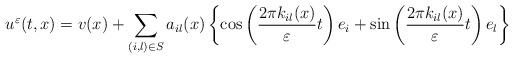
\begin{align*}u^\varepsilon(t,x) = v(x) + \sum_{(i,l)\in S} a_{il}(x)\left\{\cos\left(\frac{2\pi k_{il}(x) }{\varepsilon}t\right)e_i+\sin\left(\frac{2\pi k_{il}(x) }{\varepsilon}t\right)e_l\right\}\end{align*}